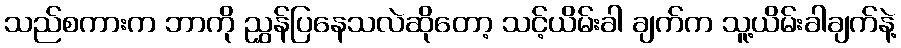
သည်စကားက ဘာကို ညွှန်ပြနေသလဲဆိုတော့ သင့်ယိမ်းခါ ချက်က သူ့ယိမ်းခါချက်နဲ့